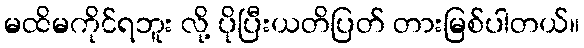
မထိမကိုင်ရဘူး လို့ ပိုပြီးယတိပြတ် တားမြစ်ပါတယ်။